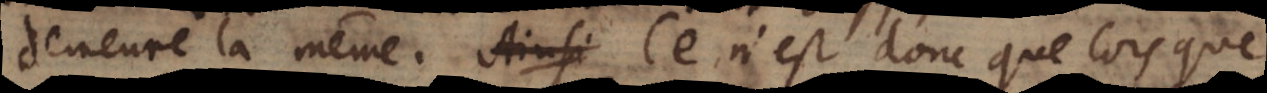
demeure la même. Ce n’est donc que lors que